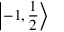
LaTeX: \left| - 1 , { \frac { 1 } { 2 } } \right\rangle